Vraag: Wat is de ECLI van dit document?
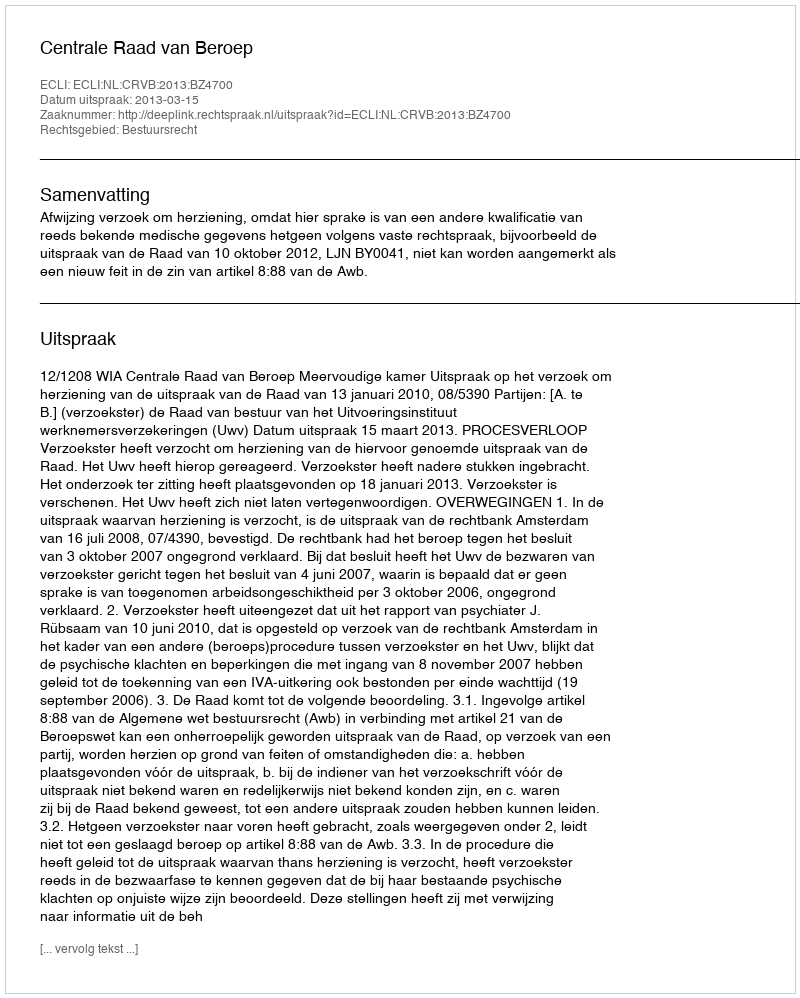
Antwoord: ECLI:NL:CRVB:2013:BZ4700